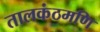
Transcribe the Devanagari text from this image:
तालकंठमणि